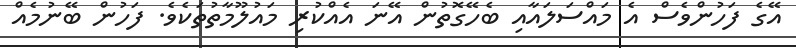
އޭގެ ފަހުންވެސް އެ މައްސަލައާއި ބެހޭގޮތުން އޭނަ އެއްކުރި މައުލޫމާތުތަކެވެ. ފަހުން ބޭނުމެއް